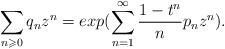
LaTeX: \begin{align*}\sum_{n\geqslant 0} q_nz^n=exp(\sum_{n=1}^{\infty}\frac{1-t^n}np_n z^n).\end{align*}